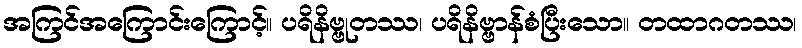
အကြင်အကြောင်းကြောင့်။ ပရိနိဗ္ဗုတဿ၊ ပရိနိဗ္ဗာန်စံပြီးသော။ တထာဂတဿ၊